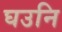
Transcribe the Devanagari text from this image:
घउनि